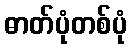
ဓာတ်ပုံတစ်ပုံ